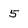
Character: 5